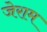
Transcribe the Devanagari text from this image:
जेराम